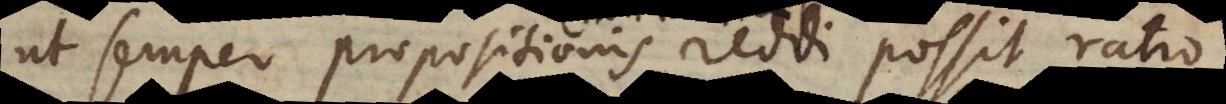
ut semper propositionis reddi possit ratio,